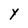
Character: Y